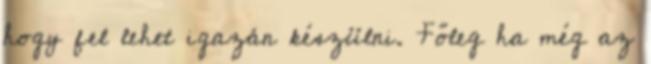
hogy fel lehet igazán készülni. Főleg ha még az